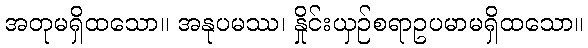
အတုမရှိထသော။ အနုပမဿ၊ နှိုင်းယှဉ်စရာဥပမာမရှိထသော။